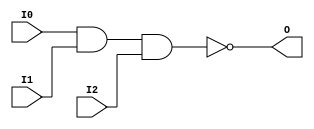
// $Header: /devl/xcs/repo/env/Databases/CAEInterfaces/verunilibs/data/unisims/NAND3.v,v 1.6 2007/05/23 21:43:39 patrickp Exp $
///////////////////////////////////////////////////////////////////////////////
// Copyright (c) 1995/2004 Xilinx, Inc.
// All Right Reserved.
///////////////////////////////////////////////////////////////////////////////
//   ____  ____
//  /   /\/   /
// /___/  \  /    Vendor : Xilinx
// \   \   \/     Version : 10.1
//  \   \         Description : Xilinx Functional Simulation Library Component
//  /   /                  3-input NAND Gate
// /___/   /\     Filename : NAND3.v
// \   \  /  \    Timestamp : Thu Mar 25 16:42:56 PST 2004
//  \___\/\___\
//
// Revision:
//    03/23/04 - Initial version.
//    05/23/07 - Changed timescale to 1 ps / 1 ps.

`timescale  1 ps / 1 ps


module NAND3 (O, I0, I1, I2);

    output O;

    input  I0, I1, I2;

    nand A1 (O, I0, I1, I2);


endmodule